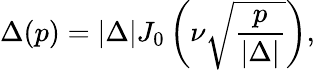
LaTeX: \Delta(p)=|\Delta|J_{0}\left(\nu\sqrt{\frac{p}{|\Delta|}}\right),